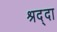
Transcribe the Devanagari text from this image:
श्रद्दा